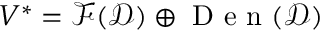
V ^ { * } = \mathcal { F } ( \mathcal { D } ) \oplus \mathrm { ~ D ~ e ~ n ~ } ( \mathcal { D } )